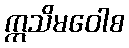
ဣသိမဝေါစ